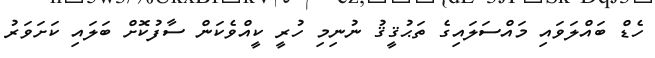
ހެޑް ބައްލަވައި މައްސަލައިގެ ތަޙުޤީޤު ނުނިމި ހުރީ ކީއްވެކަން ސާފުކޮށް ބަލައި ކަށަވަރު